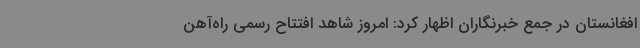
افغانستان در جمع خبرنگاران اظهار کرد: امروز شاهد افتتاح رسمی راه‌آهن